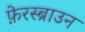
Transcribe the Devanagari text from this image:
फ़ेरस्ब्राउन